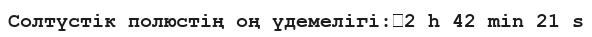
Солтүстік полюстің оң үдемелігі:	2 h 42 min 21 s